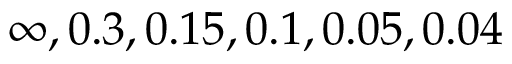
\infty , 0 . 3 , 0 . 1 5 , 0 . 1 , 0 . 0 5 , 0 . 0 4